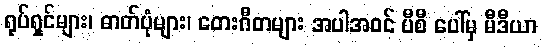
ရုပ်ရှင်များ၊ ဓာတ်ပုံများ၊ တေးဂီတများ အပါအဝင် ပီစီ ပေါ်မှ မီဒီယာ